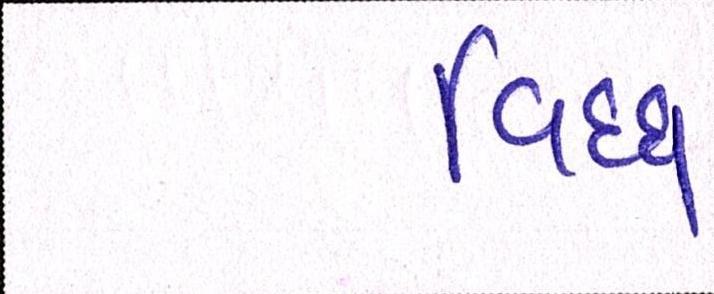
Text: વિઘ્ધ